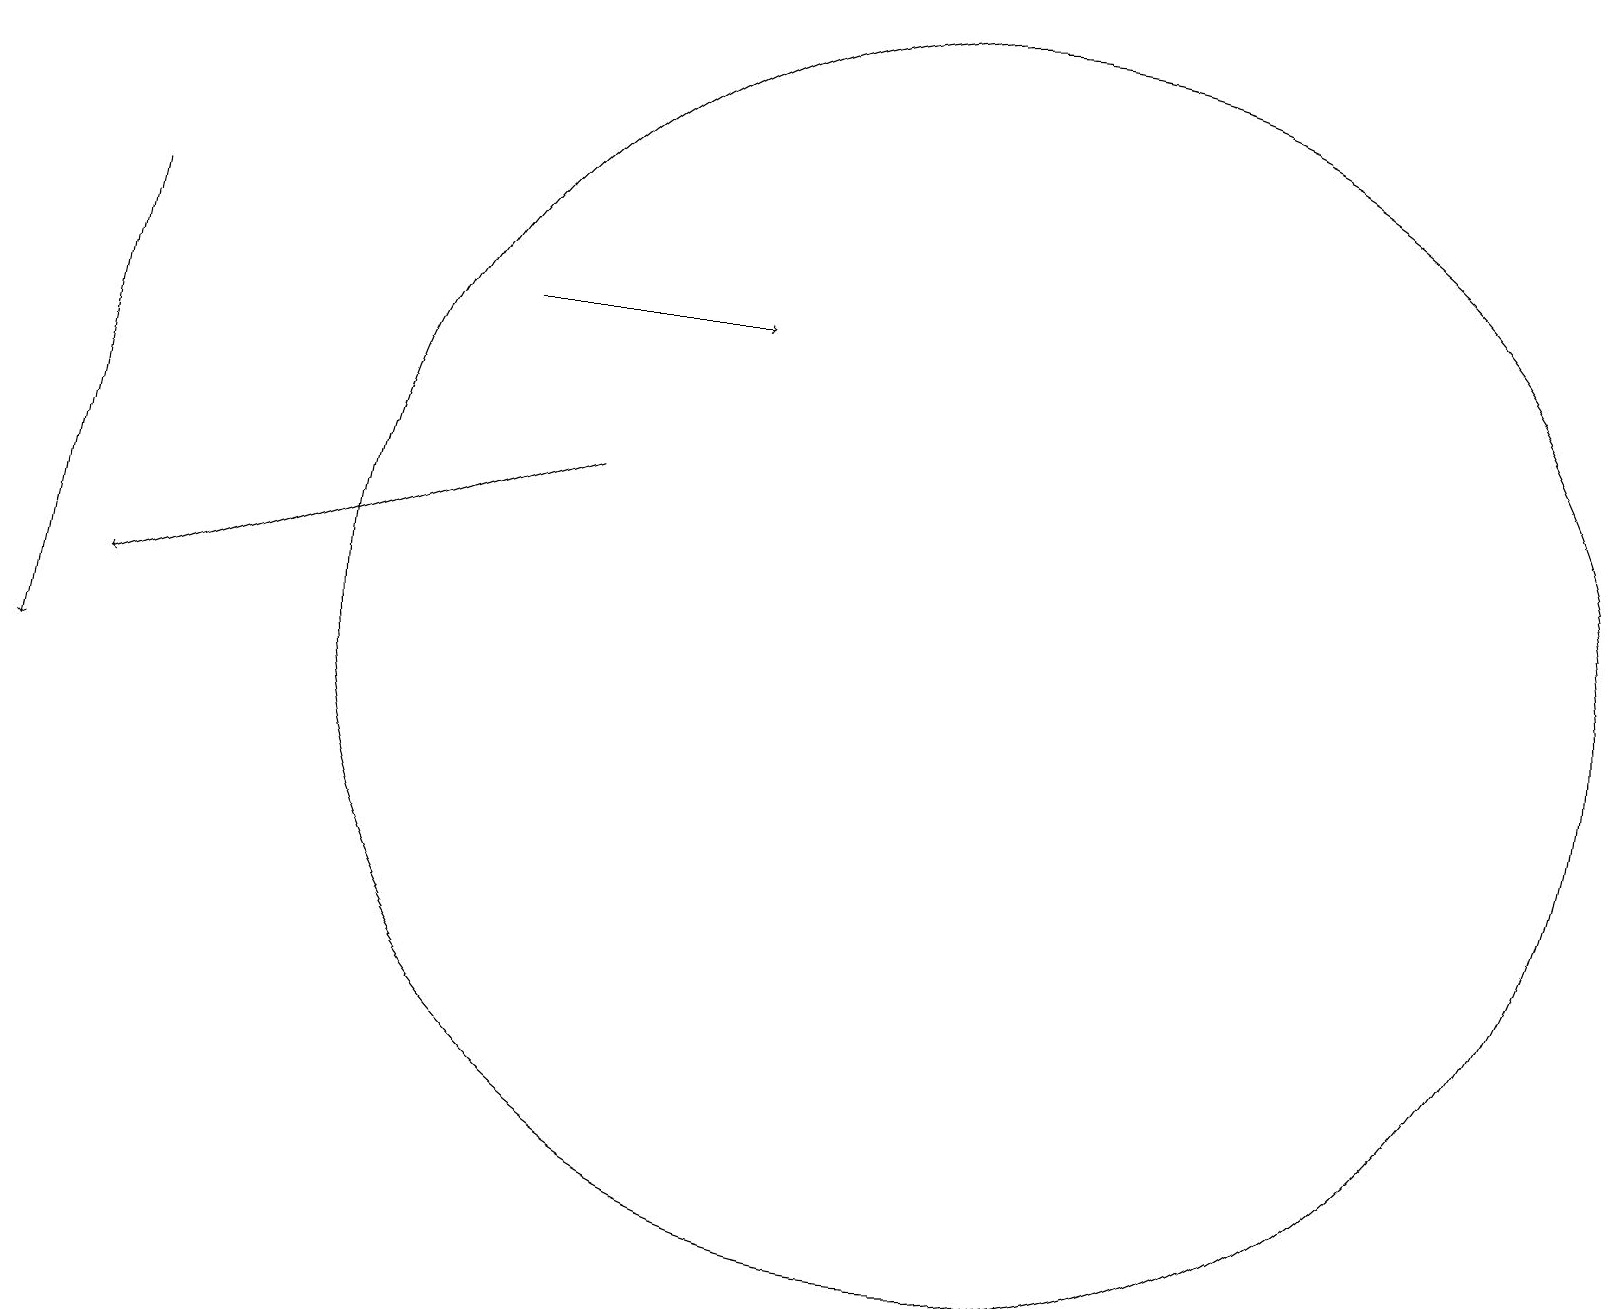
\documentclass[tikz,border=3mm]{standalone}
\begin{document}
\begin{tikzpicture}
\draw[->] (6,15) -- (9,15);
\draw (12,11) circle (8);
\draw (11,11) circle (0);
\draw[->] (1,16) -- (0,10);
\draw[->] (7,13) -- (1,11);
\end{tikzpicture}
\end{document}